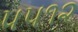
૫૫૧૨